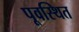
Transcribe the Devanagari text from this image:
पूवस्थित